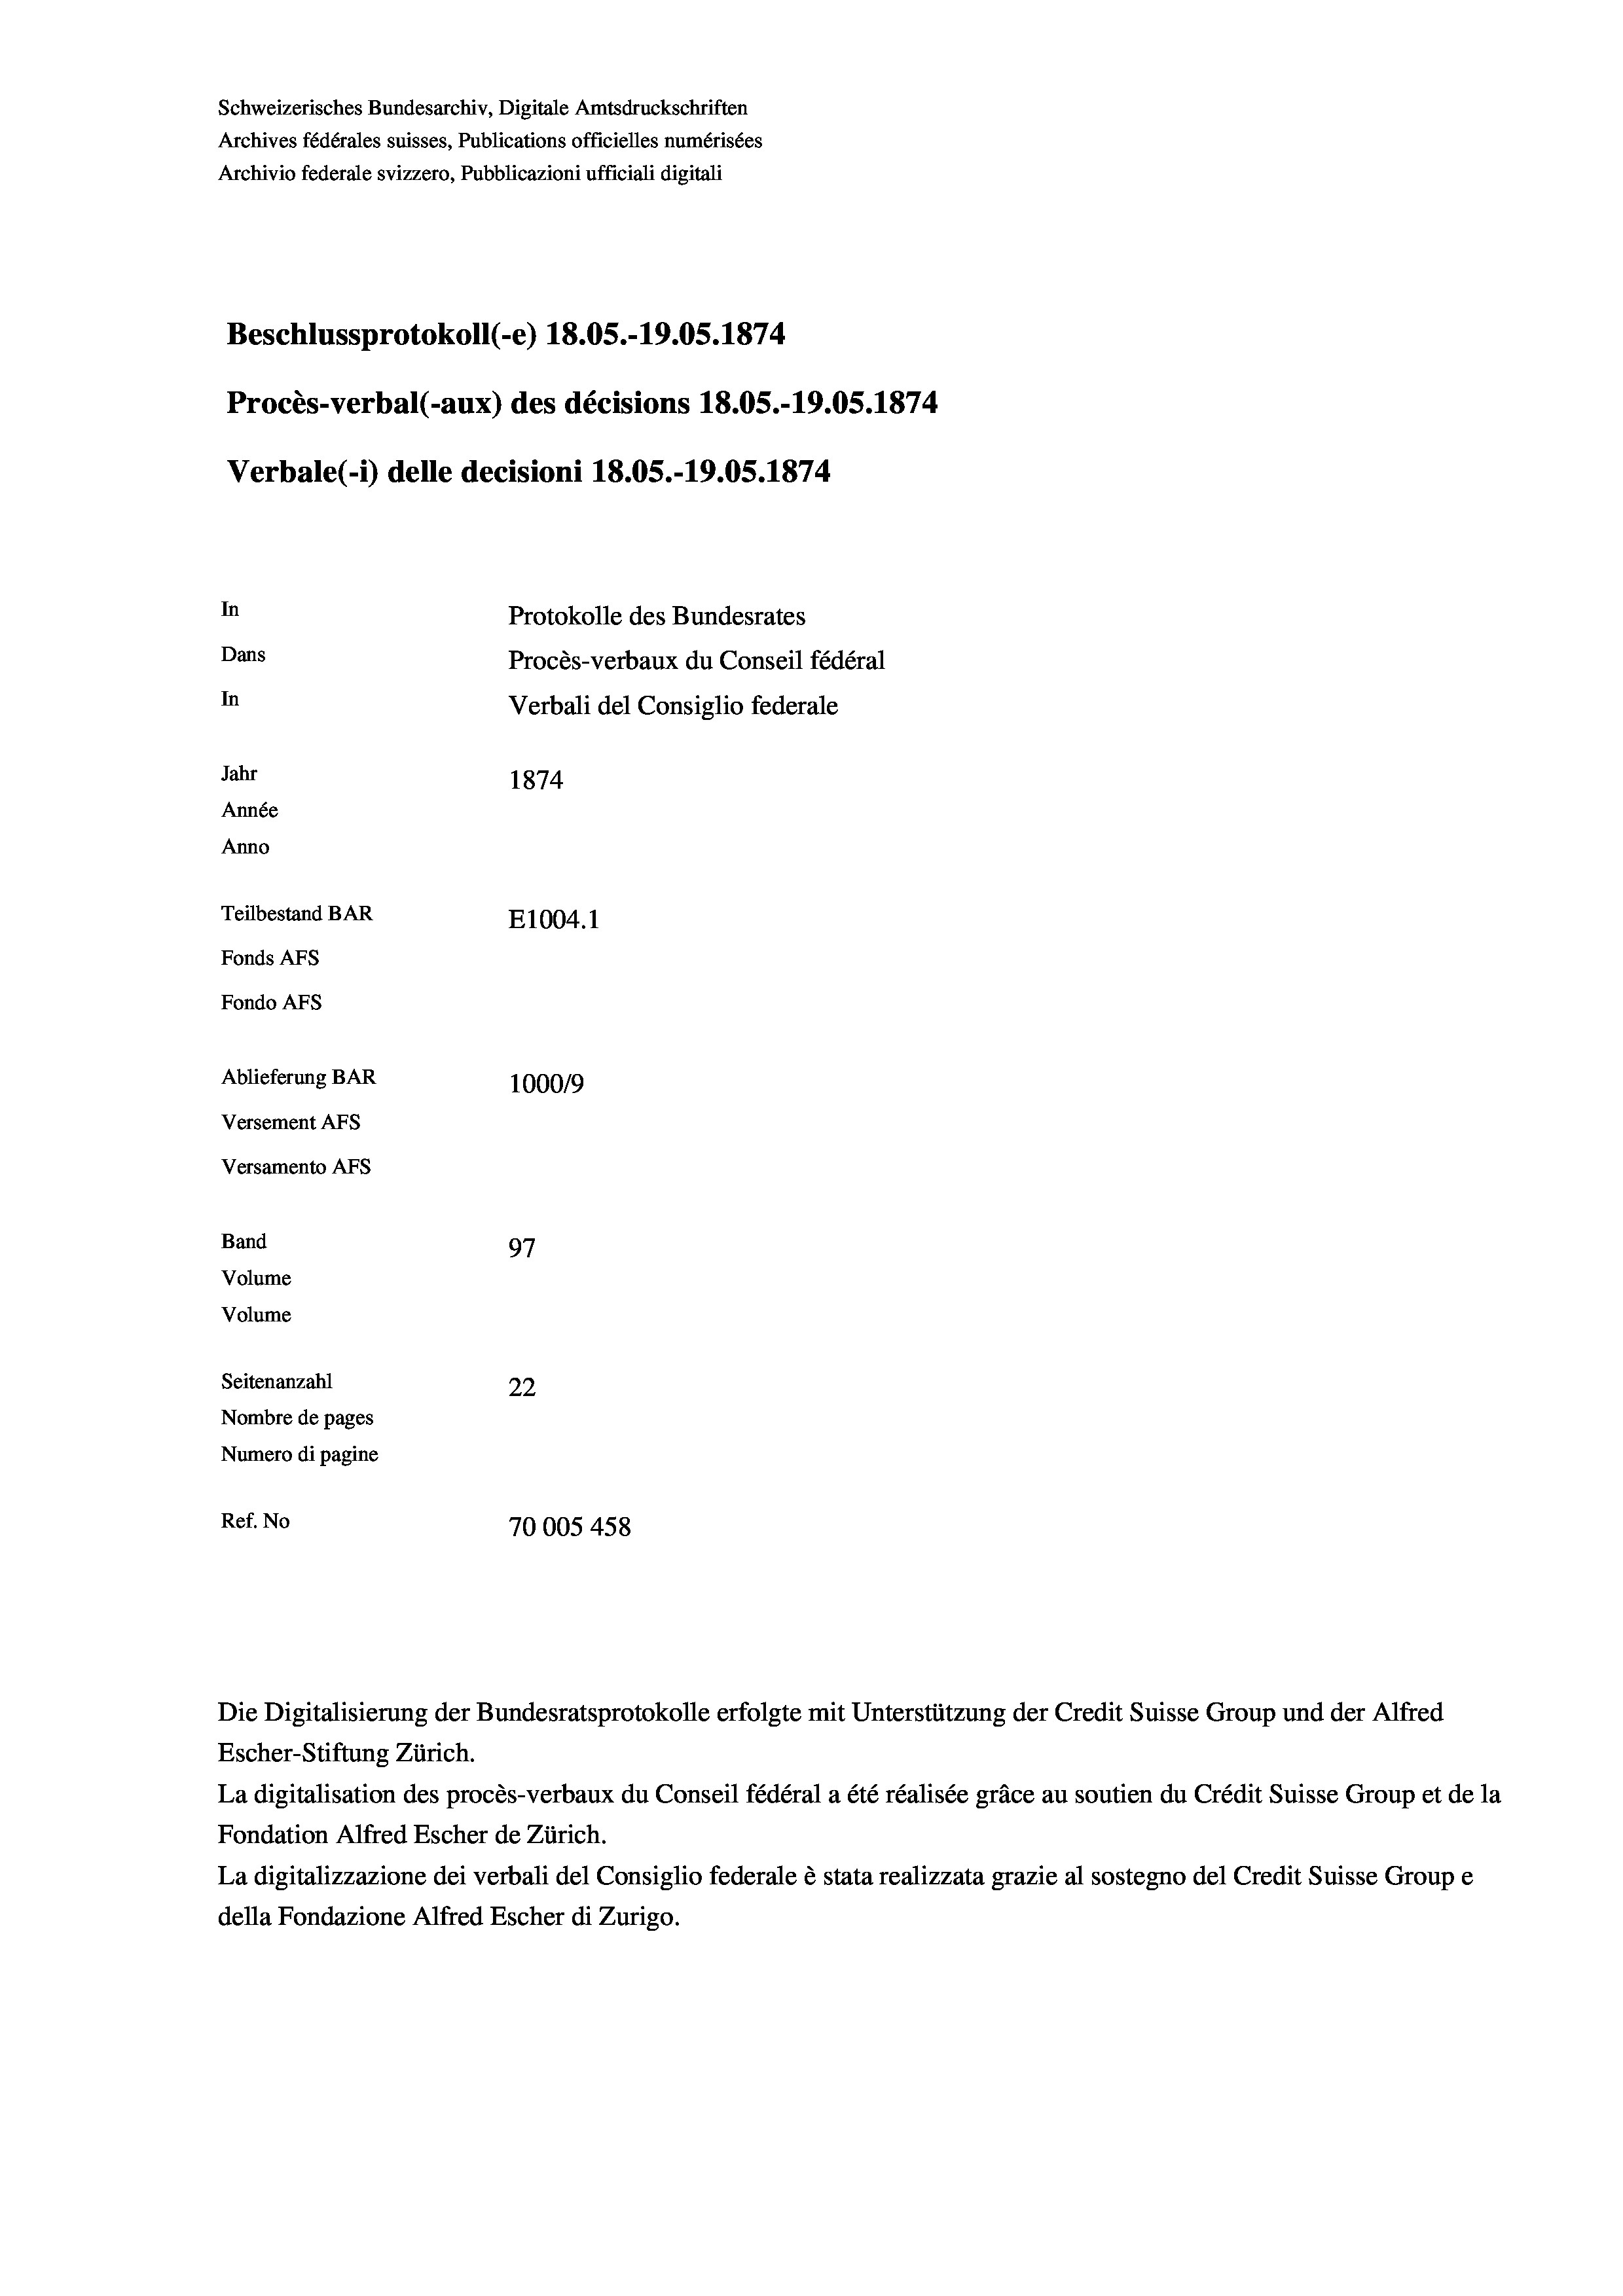
Schweizerisches Bundesarchiv, Digitale Amtsdruckschriften
Archives fédérales suisses, Publications officielles numérisées
Archivio federale svizzero, Pubblicazioni ufficiali digitali
Beschlussprotokoll (e) 18.05.-19.05. 1874
Procès-verbal (-aux) des décisions 18.05.-19.05. 1874
Verbale (i) delle decisioni 18.05.-19.05. 1874
In
Protokolle des Bundesrates
Dans
Procès-verbaux du Conseil fédéral
In
Verbali del Consiglio federale
Jahr
1874
Année
Anno
Teilbestand BAR
E1004. 1
Fonds AFs
Fondo Afs
Ablieferung BAR
100019
Versement AFs
Versamento Afs
Band
97
Volume
Volume
Seitenanzahl
22
Nombre de pages
Numero di pagine
Ref. No
70005 458

Die Digitalisierung der Bundesratsprotokolle erfolgte mit Unterstützung der Credit Suisse Group und der Alfred
Escher-Stiftung Zürich.
La digitalisation des procès-verbaux du Conseil fédéral a été réalisée gräce au soutien du Crédit Suisse Group et de la
Fondation Alfred Escher de Zürich.
La digitalizzazione dei verbali del Consiglio federale è stata realizzata grazie al sostegno del Credit Suisse Groupe
della Fondazione Alfred Escher di Zurigo.